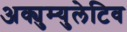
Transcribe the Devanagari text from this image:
अक्युम्युलेटिव